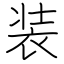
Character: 装